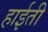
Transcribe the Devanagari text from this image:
हाईती